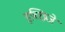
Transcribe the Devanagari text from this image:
इच्छिजे